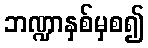
ဘဏ္ဍာနှစ်မှစ၍